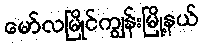
မော်လမြိုင်ကျွန်းမြို့နယ်